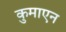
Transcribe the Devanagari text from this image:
कुमाएन